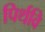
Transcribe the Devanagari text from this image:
पिर्थवि